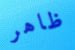
ظاهر